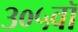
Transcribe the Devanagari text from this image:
३०५वॉ